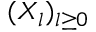
( X _ { l } ) _ { l \ge 0 }